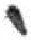
אות: י